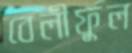
বেলীফুল